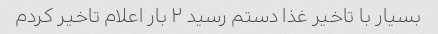
بسیار با تاخیر غذا دستم رسید ۲ بار اعلام تاخیر کردم